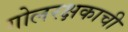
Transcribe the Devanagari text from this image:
गोलरक्षकाची